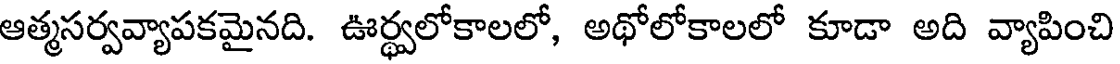
ఆత్మసర్వవ్యాపకమైనది. ఊర్థ్వలోకాలలో, అథోలోకాలలో కూడా అది వ్యాపించి